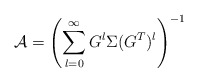
\begin{align*}\mathcal{A} = \left( \sum_{l=0}^\infty G^l \Sigma (G^{T})^l \right)^{-1}\end{align*}